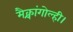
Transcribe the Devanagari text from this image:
मैक्चांगोल्ही।